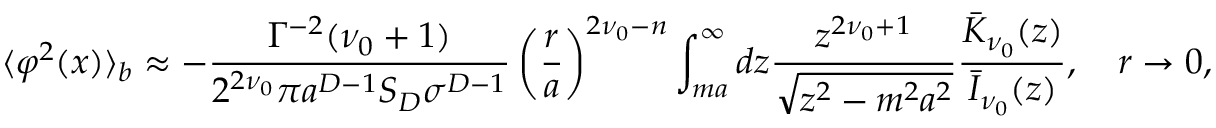
\langle \varphi ^ { 2 } ( x ) \rangle _ { b } \approx - \frac { \Gamma ^ { - 2 } ( \nu _ { 0 } + 1 ) } { 2 ^ { 2 \nu _ { 0 } } \pi a ^ { D - 1 } S _ { D } \sigma ^ { D - 1 } } \left( \frac { r } { a } \right) ^ { 2 \nu _ { 0 } - n } \int _ { m a } ^ { \infty } d z \frac { z ^ { 2 \nu _ { 0 } + 1 } } { \sqrt { z ^ { 2 } - m ^ { 2 } a ^ { 2 } } } \frac { \bar { K } _ { \nu _ { 0 } } ( z ) } { \bar { I } _ { \nu _ { 0 } } ( z ) } , \quad r \to 0 ,